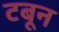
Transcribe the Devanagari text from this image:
टबून